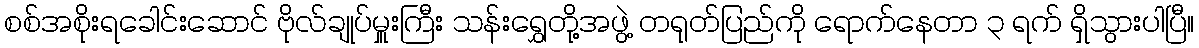
စစ်အစိုးရခေါင်းဆောင် ဗိုလ်ချုပ်မှူးကြီး သန်းရွှေတို့အဖွဲ့ တရုတ်ပြည်ကို ရောက်နေတာ ၃ ရက် ရှိသွားပါပြီ။